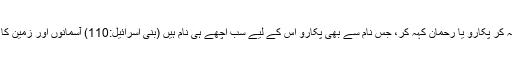
(بنی اسرائیل:2) اللہ کہہ کر پکارو یا رحمان کہہ کر، جس نام سے بھی پکارو اس کے لیے سب اچھے ہی نام ہیں (بنی اسرائیل:110) آسمانوں اور زمین کا رب ہی ہمارا رب ہے۔